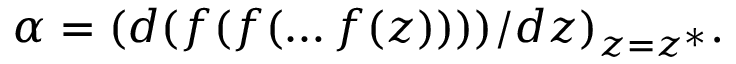
\alpha = ( d ( f ( f ( \dots f ( z ) ) ) ) / d z ) _ { z = z ^ { * } } .